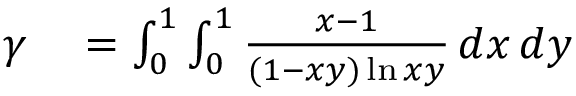
\begin{array} { r l } { \gamma } & { { } = \int _ { 0 } ^ { 1 } \int _ { 0 } ^ { 1 } { \frac { x - 1 } { ( 1 - x y ) \ln x y } } \, d x \, d y } \end{array}